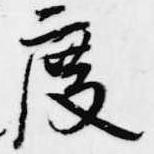
度